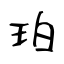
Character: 珀